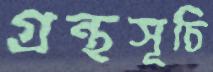
গ্রন্থসূচি